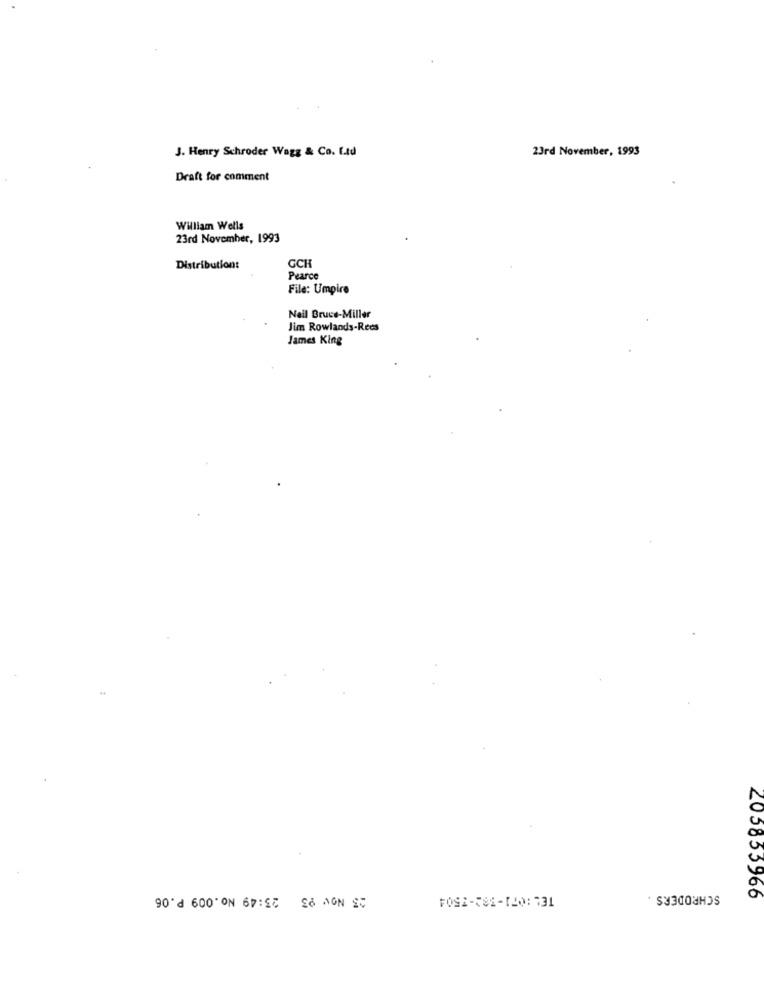
J. Henry Schroder Wagg & Co. Ltd
23rd November, 1993
Draft for comment
William Wells
23rd November, 1993
GCH
Distribution:
Pearce
File: Umpire
Neil Bruce-Miller
Jim Rowlands-Rees
James King
23 Nov 93 23:49 No.009 P.06
SCHRODERS .
205855966